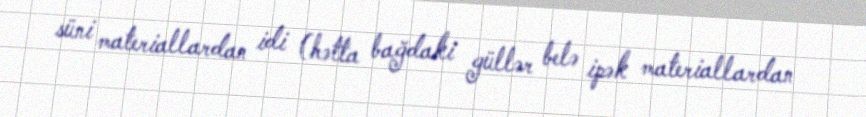
süni materiallardan idi (hətta bağdaki güllər belə ipək materiallardan